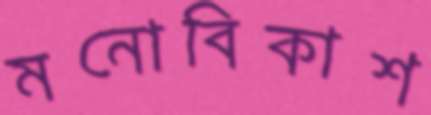
মনোবিকাশ